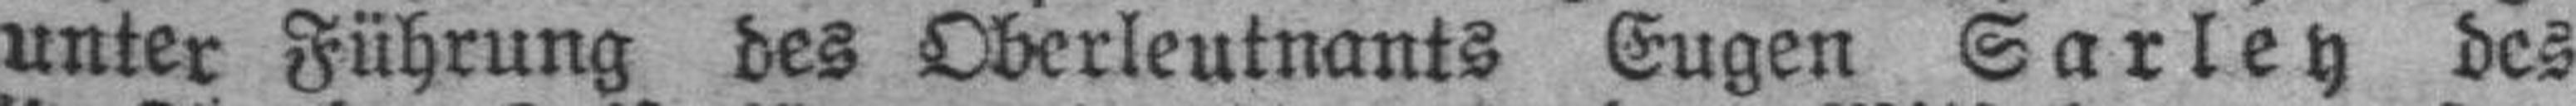
unter Führung des Oberleutnants Eugen Sarley des